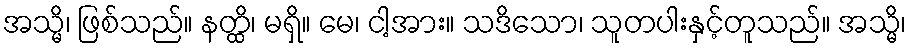
အသ္မိ၊ ဖြစ်သည်။ နတ္ထိ၊ မရှိ။ မေ၊ ငါ့အား။ သဒိသော၊ သူတပါးနှင့်တူသည်။ အသ္မိ၊